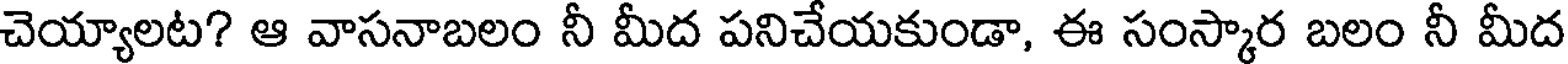
చెయ్యాలట? ఆ వాసనాబలం నీ మీద పనిచేయకుండా, ఈ సంస్కార బలం నీ మీద